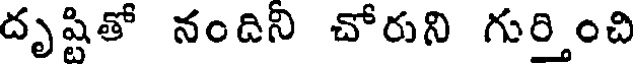
దృష్టితో నందినీ చోరుని గుర్తించి